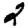
Digit: 2